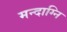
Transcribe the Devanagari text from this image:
मन्दाग्नि